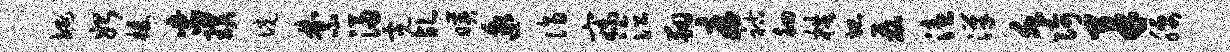
埏始榛紫璞境禁浸霓乩映邈诣寐泣翔厚祜徊梏圮磊溘汉堇阿柔腰